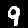
Digit: 9